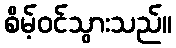
စိမ့်ဝင်သွားသည်။